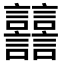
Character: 𧮦